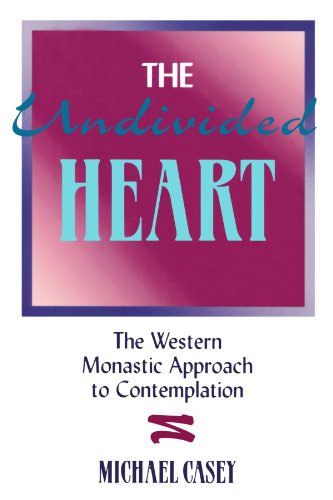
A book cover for The Undivided Heart: The Western Monastic Approach to Contemplation.; Michael Casey; Christian Books & Bibles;